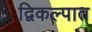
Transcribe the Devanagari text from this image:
द्विकल्पात